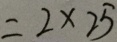
= 2 \times 2 5